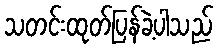
သတင်းထုတ်ပြန်ခဲ့ပါသည်